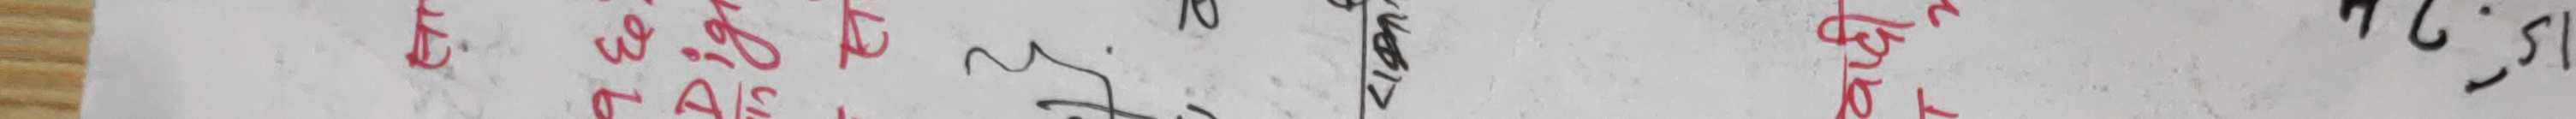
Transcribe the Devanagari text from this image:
मृग पुच्छ प्रचण्ड भयानक पीडा १२:५०